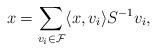
LaTeX: \begin{align*} x = \sum_{v_i \in \mathcal{F}} \langle x, v_i \rangle S^{-1} v_i,\end{align*}